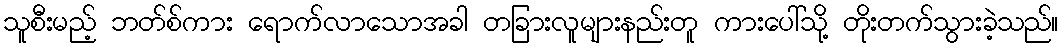
သူစီးမည့် ဘတ်စ်ကား ရောက်လာသောအခါ တခြားလူများနည်းတူ ကားပေါ်သို့ တိုးတက်သွားခဲ့သည်။